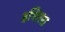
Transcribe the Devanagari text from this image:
इशिला